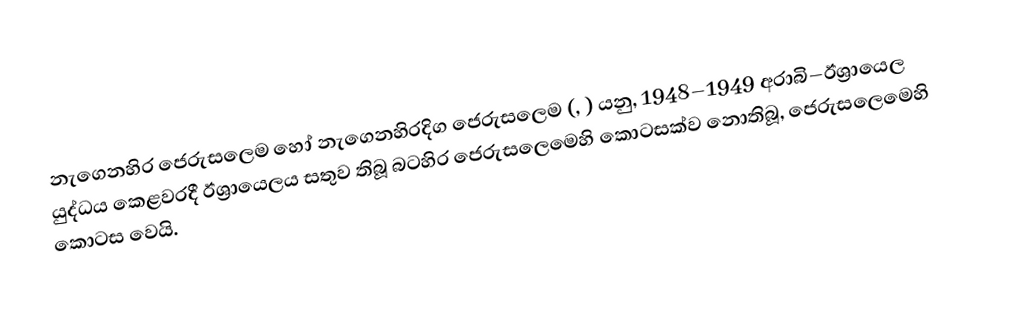
නැගෙනහිර ජෙරුසලෙම හෝ නැගෙනහිරදිග ජෙරුසලෙම (, ) යනු, 1948–1949 අරාබි–ඊශ්‍රායෙල යුද්ධය කෙළවරදී ඊශ්‍රායෙලය සතුව තිබූ බටහිර ජෙරුසලෙමෙහි කොටසක්ව නොතිබූ,  ජෙරුසලෙමෙහි කොටස වෙයි.